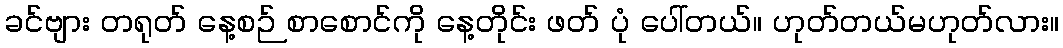
ခင်ဗျား တရုတ် နေ့စဉ် စာစောင်ကို နေ့တိုင်း ဖတ် ပုံ ပေါ်တယ်။ ဟုတ်တယ်မဟုတ်လား။